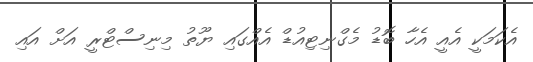
އެކަމަކީ އެއީ އެހާ ބޮޑު މެގްނިޓިއުޑް އެއްގައި ޔޫތު މިނިސްޓްރީ އަށް އައި